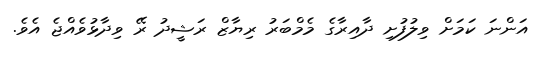
އަންނަ ކަމަށް ވިލުފުށި ދާއިރާގެ މެމްބަރު ރިޔާޒް ރަޝީދު ރޭ ވިދާޅުވެއްޖެ އެވެ.